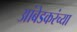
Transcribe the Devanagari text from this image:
आंबेडकरंच्या